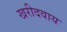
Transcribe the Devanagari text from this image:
खरीदवाय